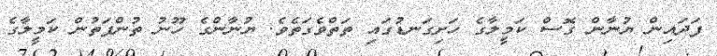
ފަދައިން ޔުނާން ގޮސް ކަމީލާގެ ހަށިގަނޑުގައި ތަތްވެގަތެވެ. ޔުނާންގެ ހޫނު ތުންފަތުން ކަމީލާގެ